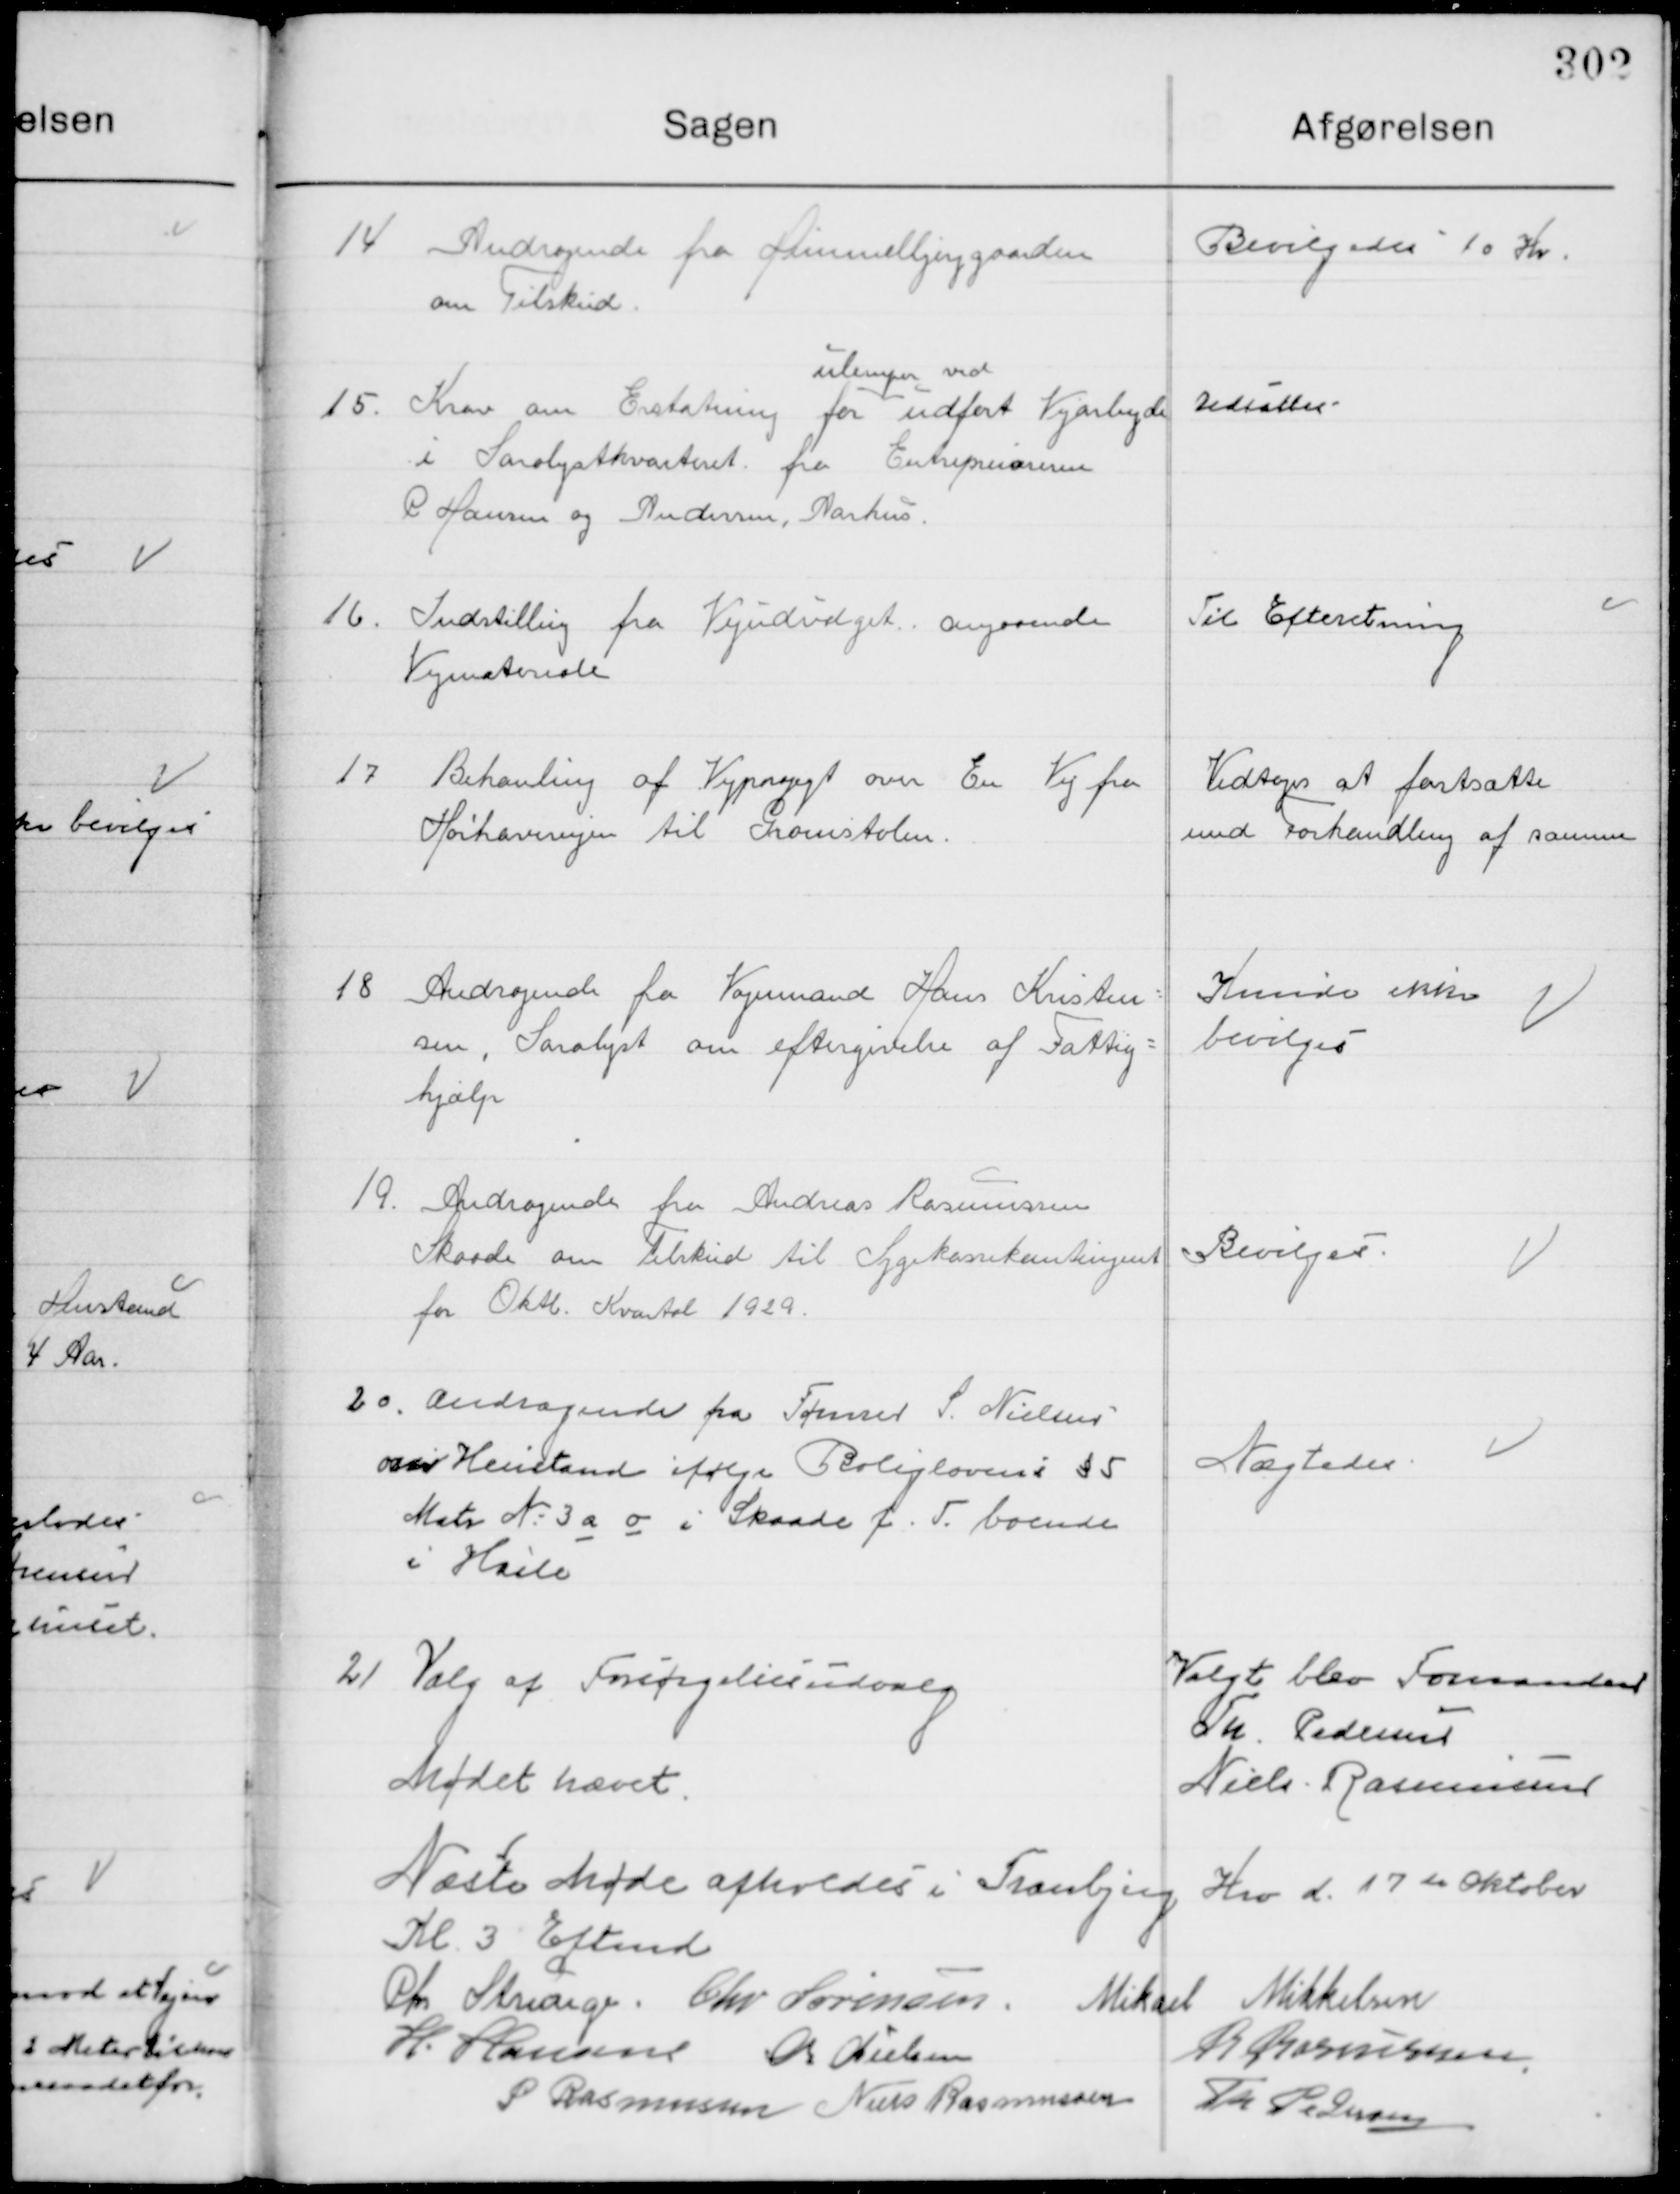
Transskription:
14

Andragende fra Himmelbjerggaarden
om Tilskud.

Bevilges 10 Kr.

15

Krav om Erstatning for  
ulemper ved
udført Vejarbejde
I Sandlystkvarteret fra Entreprenøren 
R. Hansen og Andersen, Aarhus

Udsættes

16

Indstilling fra Vejudvalget Angaaende
Vejmateriale

Til Efterretning

17

Behanling af Vejprojegt om En vej fra 
Hørhavevejen til Gromstolen.

Vedtages at fastsætte 
und Forhandling af samme

18

Andragende fra vejmand Hans Kristen-
Sen, Saralyst om eftergivelse af Fattig-
hjælp

Kunde ikke
bevilges

19

Andragende fra Andreas Rasmussen
Skaade om Tilskud til Sygekassekontingent
For Oktb. Kvartal 1929

Bevilges

20

Andragende fra Tømrer S. Nielsen 
om Henstand ifølge Boliglovens § 5
Matr. Nr. 3 a o i Skaade f. T. boende 
i Hasle

Nægtes

21

Valg af Forsørgelsesudvalg

Valgt blev Formanden
Th. Pedersen
Niels Rasmussen

Mødet hævet
Næste Møde afholdes i Tranbjerg Kro d. 17de Oktober 
Kl. 3 Eftermd.

Chr. Strunge
Chr. Sørensen
Mikael Mikkelsen
H. Hansen
M. Nielsen
R. Rasmussen
P. Rasmussen
Niels Rasmussen
Th. Pedersen